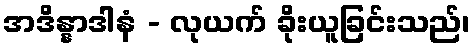
အဒိန္နာဒါနံ - လုယက် ခိုးယူခြင်းသည်၊